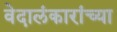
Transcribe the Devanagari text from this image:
वेदालंकारांच्या